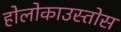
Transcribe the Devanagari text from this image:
होलोकाउस्तोस